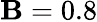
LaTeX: \mathbf{B}=0.8